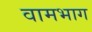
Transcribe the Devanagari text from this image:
वामभाग